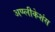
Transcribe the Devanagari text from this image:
अप्प्लीकेशंस